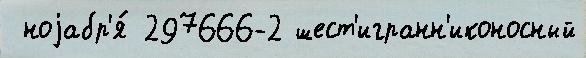
 ноjабр'я́ 297666-2 шест'игранн'иконосный